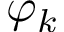
\varphi _ { k }